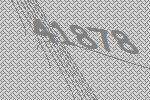
41878